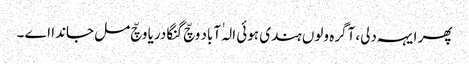
پھر ایہہ دلی، آگرہ ولوں ہندی ہوئی الہٰ آباد وچّ گنگا دریا وچّ مل جاندا اے ۔